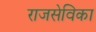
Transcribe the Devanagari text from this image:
राजसेविका